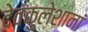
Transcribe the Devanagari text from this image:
देवकुलेशानां